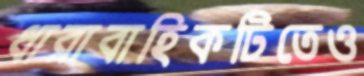
ধারাবাহিকটিতেও